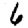
Digit: 6